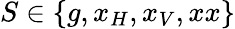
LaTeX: S\in\{ g,x_{H},x_{V},xx\}